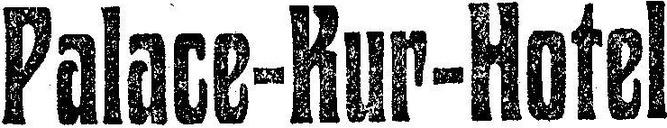
Palace-Kur-Hotel